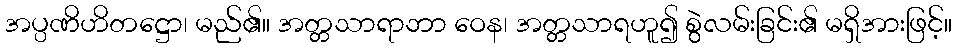
အပ္ပဏိဟိတဋ္ဌော၊ မည်၏။ အတ္တသာရာဘာ ဝေန၊ အတ္တသာရဟူ၍ စွဲလမ်းခြင်း၏ မရှိအားဖြင့်။